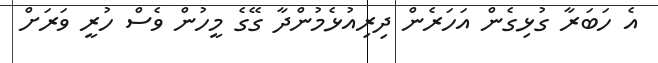
އެ ހަބަރާ ގުޅިގެން އަހަރެން ދިރިއުޅެމުންދާ ގޭގެ މީހުން ވެސް ހުރީ ވަރަށް